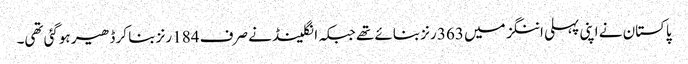
پاکستان نے اپنی پہلی اننگز میں 363 رنز بنائے تھے جبکہ انگلینڈ نے صرف 184 رنز بنا کر ڈھیر ہوگئی تھی۔